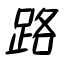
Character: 路